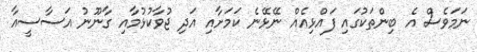
ނަމަވެސް އެ ބިންތަކުގައި ފައްޅިއެއް ނޭޅޭނެ ކަމަށާއި އަދި ޖުވާކުޅުމާއި ގާނޫނު އަސާސީއާ